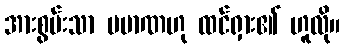
အားစွမ်းသာ ပမာဏဟု ထင်ရှား၏ ဟူလို။